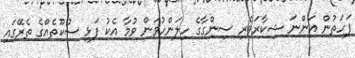
ފަހަތުން އަންނަ ޝިކާރަވެރި ސިންގާގެ ހިލަންހުވަން ވުމާ އެކު ފަޅި ސުކޫތެއްގެ ތެރޭގައި